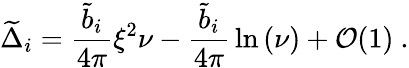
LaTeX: {\widetilde\Delta}_{i}={\frac{{\widetilde b}_{i}}{4\pi}}\xi^{2}\nu-{\frac{{\widetilde b}_{i}}{4\pi}}\ln\left(\nu\right)+{\cal O}(1)~.